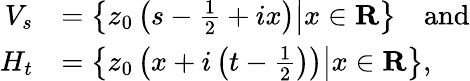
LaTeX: {\begin{array}{rl}{V_{s}}&{=\left\{ \left.z_{0}\left(s-{\frac{1}{2}}+ix\right)\right\vert x\in\mathbf{R}\right\} \quad{\mathrm{and}}}\\ {H_{t}}&{=\left\{ \left.z_{0}\left(x+i\left(t-{\frac{1}{2}}\right)\right)\right\vert x\in\mathbf{R}\right\} ,}\end{array}}